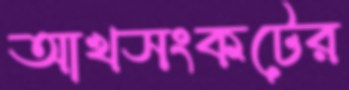
আখসংকটের